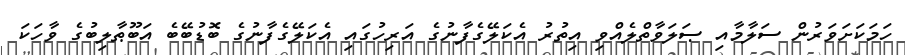
ހަމަކަށަވަރުން ސަލާމާއި ޞަލަވާތްލެއްވި އިތުރު އެކަލޭގެފާނުގެ އަރިހުގައި އެކަލޭގެފާނުގެ ބޮޑުބޭބެ އަބޫޠާލިބުގެ ވާހަކަ